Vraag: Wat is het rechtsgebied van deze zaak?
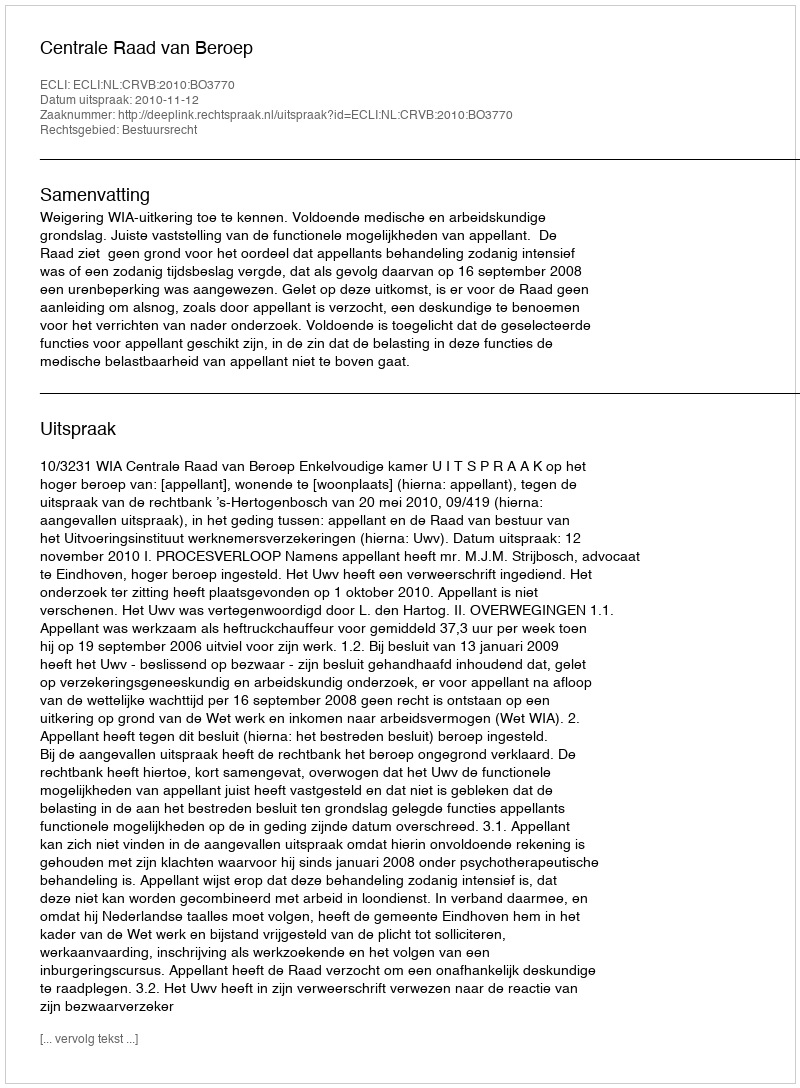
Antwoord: Bestuursrecht